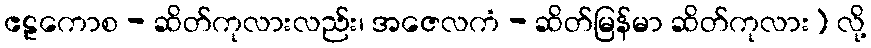
ဧဠကောစ - ဆိတ်ကုလားလည်း၊ အဇေလကံ - ဆိတ်မြန်မာ ဆိတ်ကုလား) လို့